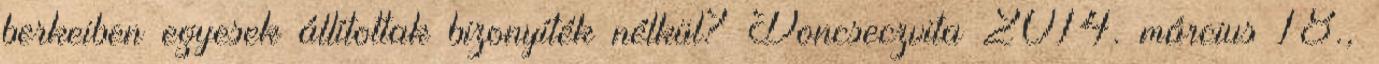
berkeiben egyesek állítottak bizonyíték nélkül? Doncseczvita 2014. március 18.,